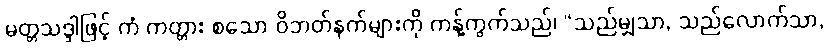
မတ္တသဒ္ဒါဖြင့် ကံ ကတ္တား စသော ဝိဘတ်နက်များကို ကန့်ကွက်သည်၊ “သည်မျှသာ, သည်လောက်သာ,